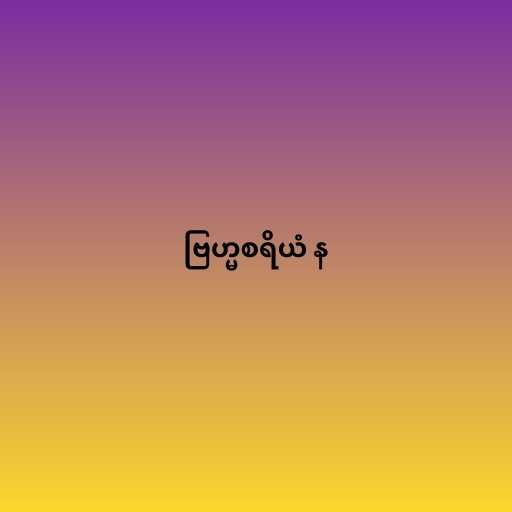
ဗြဟ္မစရိယံ န